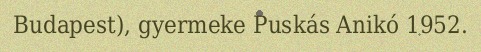
Budapest), gyermeke Puskás Anikó 1952.